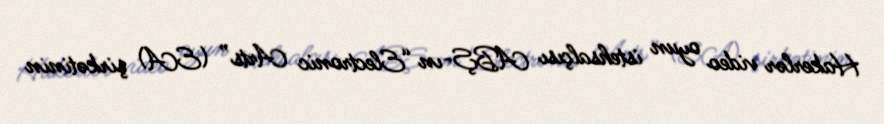
Hakerlər video oyun istehsalçısı ABŞ-ın “Electronic Arts” (EA) şirkətinin